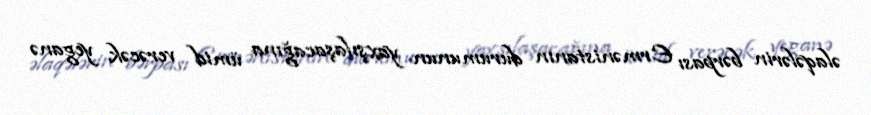
əlaqələrin bərpası Ermənistanın durumunun yaxşılaşacağına ümid verəcək yeganə